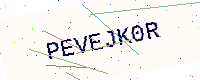
Text: PEVEJK0R